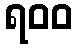
ရ၀၀